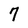
Character: 7